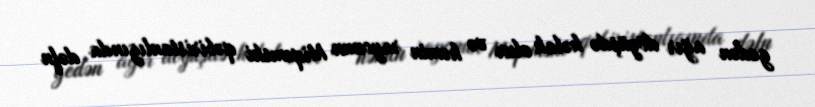
gedən ağır döyüşdə həlak olur və həmin rayonun Miqemski qəbiristanlıgında dəfn